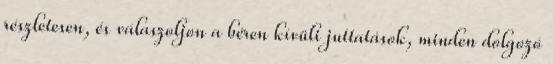
részletesen, és válaszoljon a béren kívüli juttatások, minden dolgozó